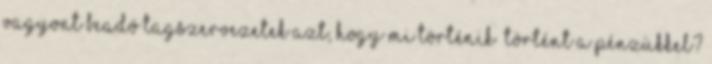
vagyont beadó tagszervezetek azt, hogy mi történik történt a pénzükkel?